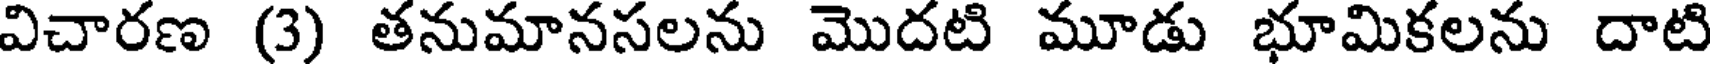
విచారణ (3) తనుమానసలను మొదటి మూడు భూమికలను దాటి